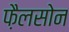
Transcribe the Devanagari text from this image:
फ़ैलसोन